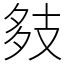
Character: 㩼